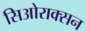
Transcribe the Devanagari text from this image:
सिओराक्सन